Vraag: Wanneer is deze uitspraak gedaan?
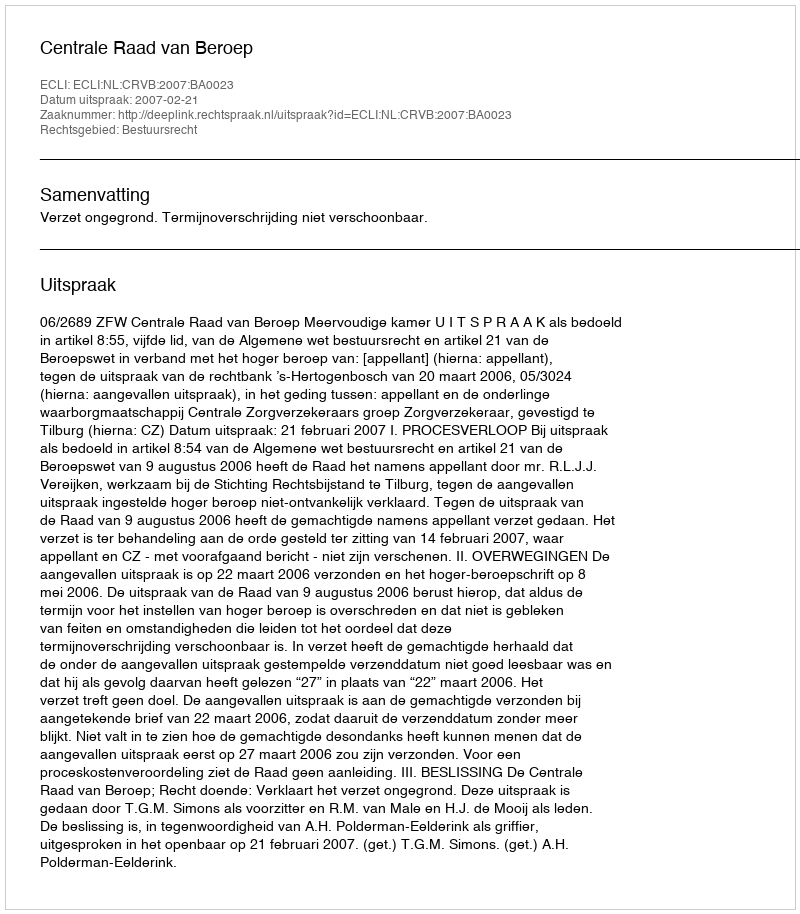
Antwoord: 2007-02-21